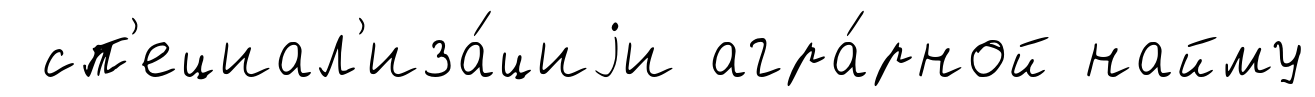
сп'ециал'иза́циjи агра́рной найму